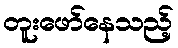
တူးဖော်နေသည့်